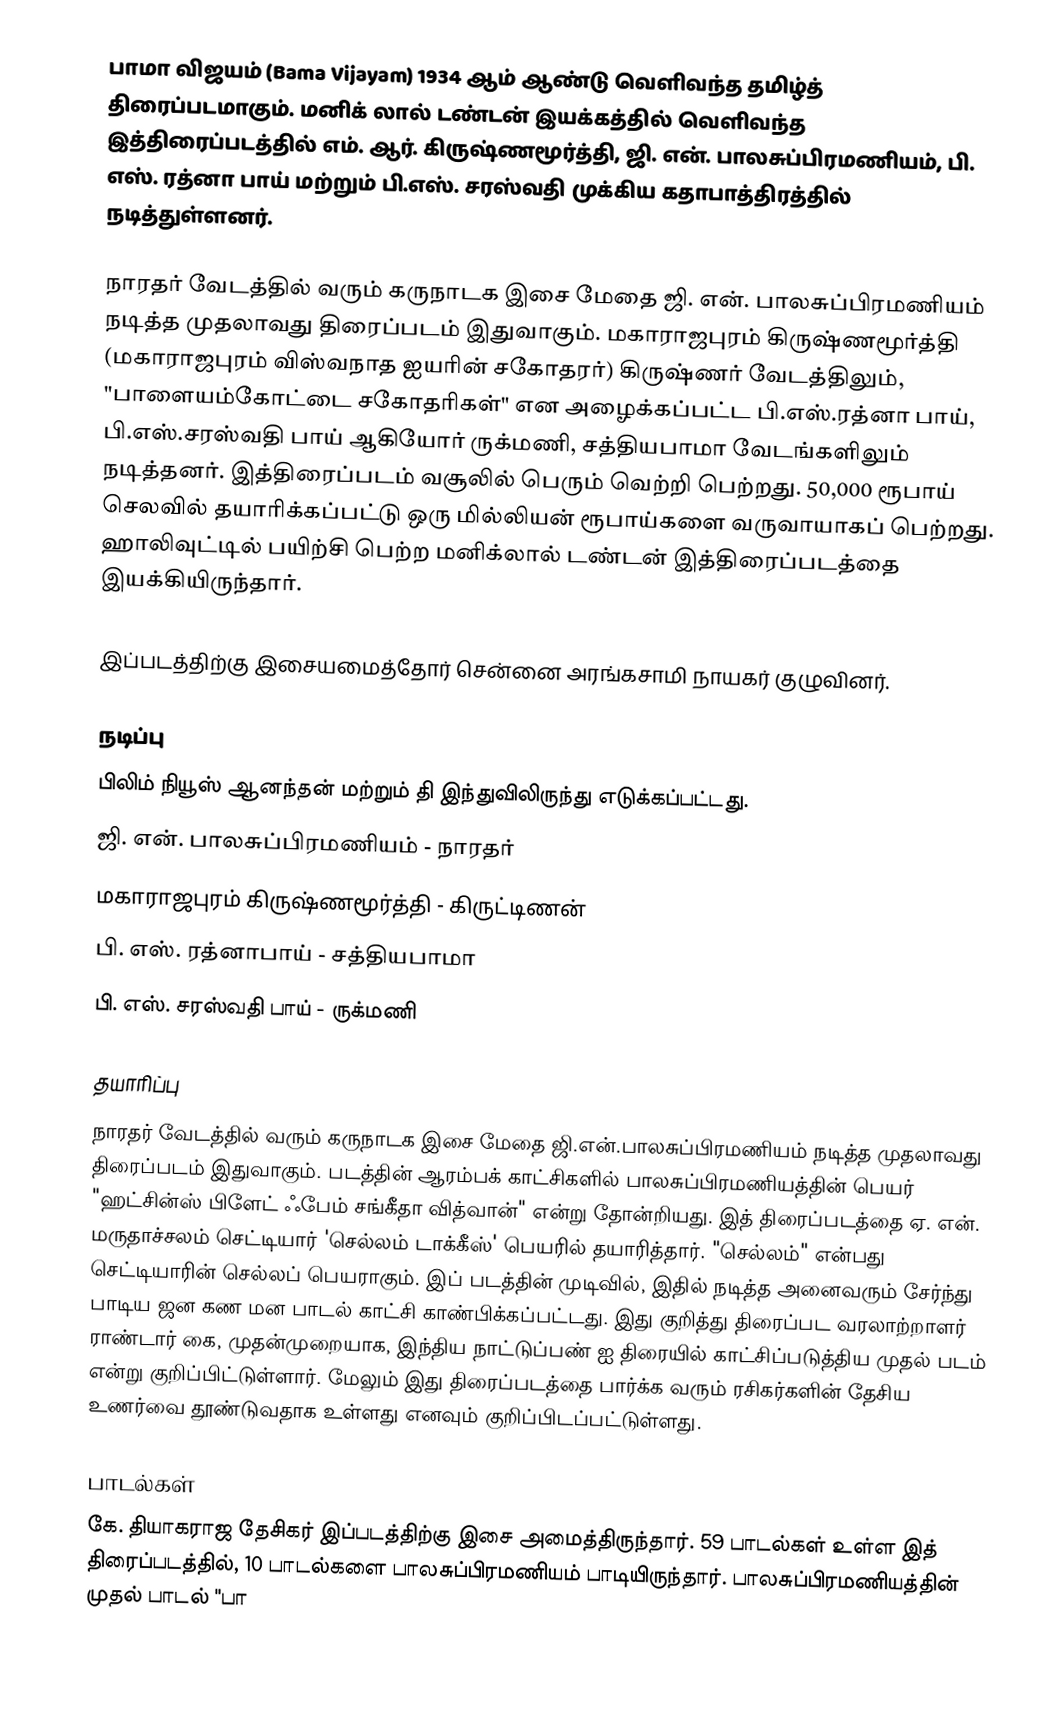
பாமா விஜயம் (Bama Vijayam) 1934 ஆம் ஆண்டு வெளிவந்த தமிழ்த் திரைப்படமாகும். மனிக் லால் டண்டன் இயக்கத்தில் வெளிவந்த இத்திரைப்படத்தில் எம். ஆர். கிருஷ்ணமூர்த்தி, ஜி. என். பாலசுப்பிரமணியம், பி. எஸ். ரத்னா பாய் மற்றும் பி.எஸ். சரஸ்வதி முக்கிய கதாபாத்திரத்தில் நடித்துள்ளனர்.

நாரதர் வேடத்தில் வரும் கருநாடக இசை மேதை ஜி. என். பாலசுப்பிரமணியம் நடித்த முதலாவது திரைப்படம் இதுவாகும். மகாராஜபுரம் கிருஷ்ணமூர்த்தி (மகாராஜபுரம் விஸ்வநாத ஐயரின் சகோதரர்) கிருஷ்ணர் வேடத்திலும், "பாளையம்கோட்டை சகோதரிகள்" என அழைக்கப்பட்ட பி.எஸ்.ரத்னா பாய், பி.எஸ்.சரஸ்வதி பாய் ஆகியோர் ருக்மணி, சத்தியபாமா வேடங்களிலும் நடித்தனர். இத்திரைப்படம் வசூலில் பெரும் வெற்றி பெற்றது. 50,000 ரூபாய் செலவில் தயாரிக்கப்பட்டு ஒரு மில்லியன் ரூபாய்களை வருவாயாகப் பெற்றது. ஹாலிவுட்டில் பயிற்சி பெற்ற மனிக்லால் டண்டன் இத்திரைப்படத்தை இயக்கியிருந்தார்.

இப்படத்திற்கு இசையமைத்தோர் சென்னை அரங்கசாமி நாயகர் குழுவினர்.

நடிப்பு
பிலிம் நியூஸ் ஆனந்தன் மற்றும் தி இந்துவிலிருந்து எடுக்கப்பட்டது.
 ஜி. என். பாலசுப்பிரமணியம் -  நாரதர்
 மகாராஜபுரம் கிருஷ்ணமூர்த்தி -  கிருட்டிணன்
 பி. எஸ். ரத்னாபாய் -  சத்‌தியபாமா
 பி. எஸ். சரஸ்வதி பாய் -  ருக்மணி

தயாரிப்பு
நாரதர் வேடத்தில் வரும் கருநாடக இசை மேதை ஜி.என்.பாலசுப்பிரமணியம் நடித்த முதலாவது திரைப்படம் இதுவாகும். படத்தின் ஆரம்பக் காட்சிகளில் பாலசுப்பிரமணியத்தின் பெயர் "ஹட்சின்ஸ் பிளேட் ஃபேம் சங்கீதா வித்வான்" என்று தோன்றியது.  இத் திரைப்படத்தை ஏ. என். மருதாச்சலம் செட்டியார் 'செல்லம் டாக்கீஸ்' பெயரில் தயாரித்தார். "செல்லம்" என்பது செட்டியாரின் செல்லப் பெயராகும். இப் படத்தின் முடிவில், இதில் நடித்த அனைவரும் சேர்ந்து பாடிய ஜன கண மன பாடல் காட்சி காண்பிக்கப்பட்டது. இது குறித்து திரைப்பட வரலாற்றாளர் ராண்டார் கை, முதன்முறையாக, இந்திய  நாட்டுப்பண் ஐ திரையில் காட்சிப்படுத்திய முதல் படம் என்று குறிப்பிட்டுள்ளார். மேலும் இது திரைப்படத்தை பார்க்க வரும் ரசிகர்களின் தேசிய உணர்வை தூண்டுவதாக உள்ளது எனவும் குறிப்பிடப்பட்டுள்ளது.

பாடல்கள்
கே. தியாகராஜ தேசிகர் இப்படத்திற்கு இசை அமைத்திருந்தார். 59 பாடல்கள் உள்ள இத் திரைப்படத்தில், 10 பாடல்களை பாலசுப்பிரமணியம் பாடியிருந்தார். பாலசுப்பிரமணியத்தின் முதல் பாடல் "பா